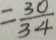
= \frac { 3 0 } { 3 4 }